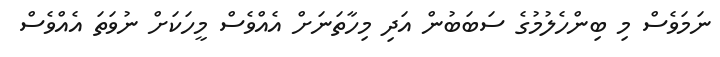
ނަމަވެސް މި ބިންހެލުމުގެ ސަބަބުން އަދި މިހާތަނަށް އެއްވެސް މީހަކަށް ނުވަތަ އެއްވެސް